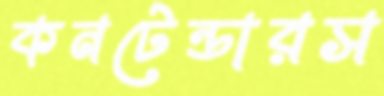
কনটেন্ডারস